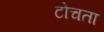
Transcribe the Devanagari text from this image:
टोचता